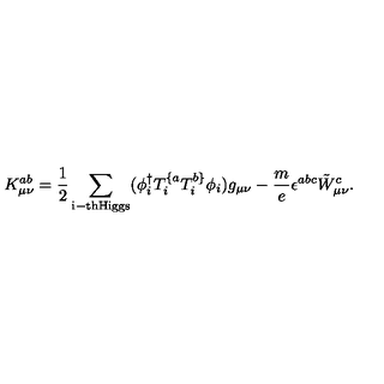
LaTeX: K _ { \mu \nu } ^ { a b } = \frac { 1 } { 2 } \sum _ { \mathrm { i - t h H i g g s } } ( \phi _ { i } ^ { \dag } T _ { i } ^ { \{ a } T _ { i } ^ { b \} } \phi _ { i } ) g _ { \mu \nu } - \frac { m } { e } \epsilon ^ { a b c } \tilde { W } _ { \mu \nu } ^ { c } .